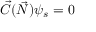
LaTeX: { \vec { C } } ( { \vec { N } } ) \psi _ { s } = 0